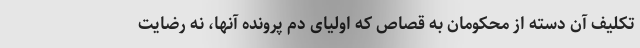
تکلیف آن دسته از محکومان به قصاص که اولیای دم پرونده آنها، نه رضایت